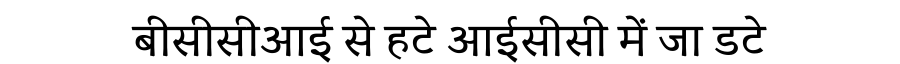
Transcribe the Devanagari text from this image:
बीसीसीआई से हटे आईसीसी में जा डटे